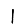
Digit: 1